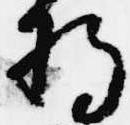
将